Punjab Mental Hospital Lahore 1922-31 - 1922-1931
Year: 1922
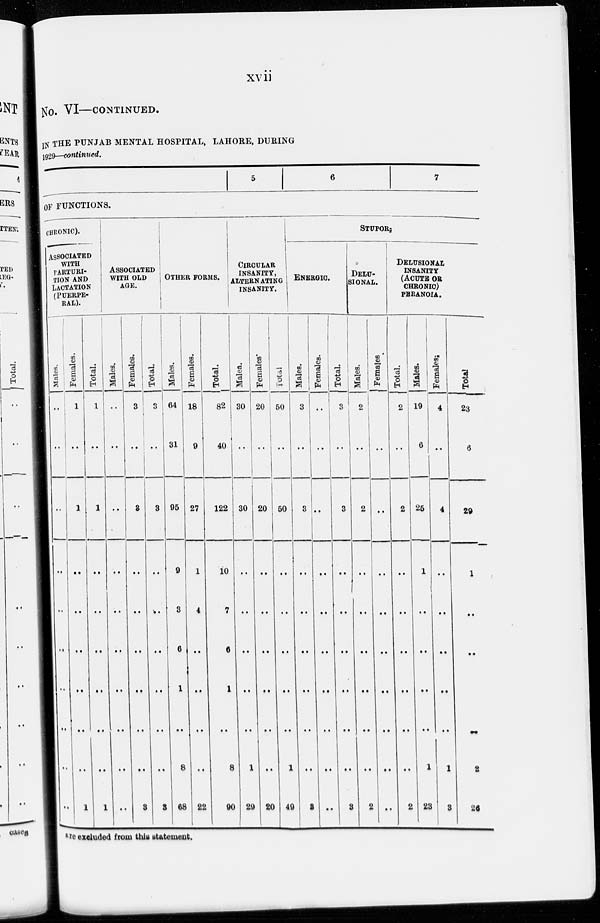
xvii
No. VI—CONTINUED.
IN THE PUNJAB MENTAL HOSPITAL, LAHORE, DURING
1929—continued.
OF FUNCTIONS.
CHRONIC).
ASSOCIATED
WITH
PARTURI-
TION AND
LACTATION
(PUERPE-
RAL).
Males.
..
..
..
..
..
..
..
..
..
..
Females.
1
..
1
..
..
..
..
..
..
1
Total.
1
..
1
..
..
..
..
..
..
1
ASSOCIATED
WITH OLD
AGE.
Males.
..
..
..
..
..
..
..
..
..
..
Females.
3
..
3
..
..
..
..
..
..
3
Total.
3
..
3
..
..
..
..
..
..
3
5
6
7
OTHER FORMS.
Mal es .
64
31
95
9
3
6
1
..
8
68
Females.
18
9
27
1
4
..
..
..
..
22
Total.
82
40
122
10
7
6
1
..
8
90
CIRCULAR
INSANITY,
ALTERNATING
INSANITY.
Males.
30
..
30
..
..
..
..
..
1
29
Females.
20
..
20
..
..
..
..
..
..
20
Total.
50
..
50
..
..
..
..
..
1
49
STUPOR.
ENERGIC.
Males.
3
..
3
..
..
..
..
..
..
3
Females.
..
..
..
..
..
..
..
..
..
..
Total.
3
..
3
..
..
..
..
..
..
3
DELU-
------.
Males.
2
..
2
..
..
..
..
..
..
2
Females.
..
..
..
..
..
..
..
..
..
..
DELUSIONAL
INSANITY
(ACUTE OR
CHRONIC)
PARANOIA.
Total.
2
..
2
..
..
..
..
..
..
2
Males.
19
6
25
1
..
..
..
..
1
23
Females.
4
..
4
..
..
..
..
..
1
3
Total.
23
6
29
1
..
..
..
2
26
are excluded from this statement.